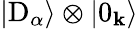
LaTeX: |\mathrm{D}_{\alpha}\rangle\otimes|0_{\mathbf k}\rangle